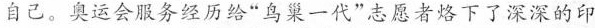
自己。奥运会服务经历给“鸟巢一代”志愿者烙下了深深的印